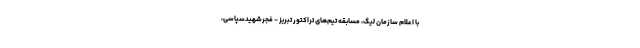
با اعلام سازمان لیگ، مسابقه تیم‌های تراکتور تبریز - فجرشهیدسپاسی،